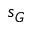
s _ { G }